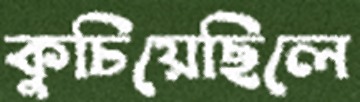
কুচিয়েছিলে